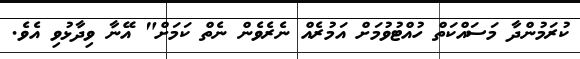
ކުރަމުންދާ މަސައްކަތް ހުއްޓުވުމަށް އަމުރެއް ނެރެވެން ނެތް ކަމަށް" އޭނާ ވިދާޅުވި އެވެ.